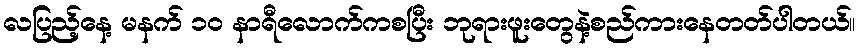
လပြည့်နေ့ မနက် ၁၀ နာရီလောက်ကစပြီး ဘုရားဖူးတွေနဲ့စည်ကားနေတတ်ပါတယ်။